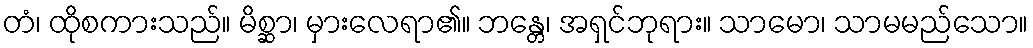
တံ၊ ထိုစကားသည်။ မိစ္ဆာ၊ မှားလေရာ၏။ ဘန္တေ၊ အရှင်ဘုရား။ သာမော၊ သာမမည်သော။